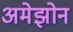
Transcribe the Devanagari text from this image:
अमेझोन